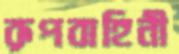
রূপবাহিনী